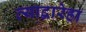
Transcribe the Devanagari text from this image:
त्याद्वारेहा